Indian journal of veterinary science and animal husbandry - Volume 5,
Year: 1935
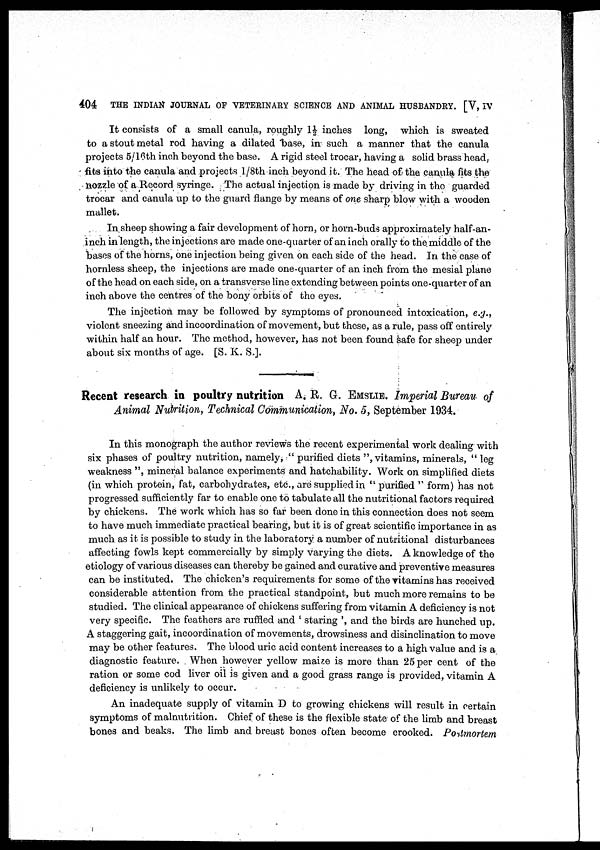
404
THE INDIAN JOURNAL OF VETERINARY SCIENCE AND ANIMAL HUSBANDRY. [V, IV
It consists of a small canula, roughty 1½ inches long, which is sweated
to a stout metal rod having a dilated base, in such a manner that the canula
projects 5/16th inch beyond the base. A rigid steel trocar, having a solid brass head
fits into the canula and projects 1/8th inch beyond it. The head of the canula fits the
nozzle of a Record syringe. The actual injection is made by driving in the guarded
trocar and canula up to the guard flange by means of one sharp blow with a wooden
mallet.
In sheep showing a fair development of horn, or horn-buds approximately half-an¬
inch in length, the injections are made one-quarter of an inch orally to the middle of the
bases of the horns, one injection being given on each side of the head. In the case of
hornless sheep, the injections are made one-quarter of an inch from the mesial plane
of the head on each side, on a transverse line extending between points one-quarter of an
inch above the centres of the bony orbits of the eyes.
The injection may be followed by symptoms of pronounced intoxication, e.g.,
violent sneezing and incoordination of movement, but these, as a rule, pass off entirely
within half an hour. The method, however, has not been found safe for sheep under
about six months of age. [S. K. S.].
Recent research in poultry nutrition A. R. G. EMSLIE. Imperial Bureau of
Animal Nutrition, Technical Communication, No. 5, September 1934.
In this monograph the author reviews the recent experimental work dealing with
six phases of poultry nutrition, namely, " purified diets ", vitamins, minerals, " leg
weakness ", mineral balance experiments and hatchability. Work on simplified diets
(in which protein, fat, carbohydrates, etc., are supplied in " purified " form) has not
progressed sufficiently far to enable one to tabulate all the nutritional factors required
by chickens. The work which has so far been done in this connection does not seem
to have much immediate practical bearing, but it is of great scientific importance in as
much as it is possible to study in the laboratory a number of nutritional disturbances
affecting fowls kept commercially by simply varying the diets. A knowledge of the
etiology of various diseases can thereby be gained and curative and preventive measures
can be instituted. The chicken's requirements for some of the vitamins has received
considerable attention from the practical standpoint, but much more remains to be
studied. The clinical appearance of chickens suffering from vitamin A deficiency is not
very specific. The feathers are ruffled and ' staring ', and the birds are hunched up.
A staggering gait, incoordination of movements, drowsiness and disinclination to move
may be other features. The blood uric acid content increases to a high value and is a
diagnostic feature. When however yellow maize is more than 25 per cent of the
ration or some cod liver oil is given and a good grass range is provided, vitamin A
deficiency is unlikely to occur.
An inadequate supply of vitamin D to growing chickens will result in certain
symptoms of malnutrition. Chief of these is the flexible state of the limb and breast
bones and beaks. The limb and breast bones often become crooked. Postmortem